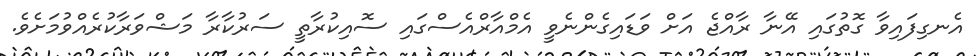
އެނގިފައިވާ ގޮތުގައި އޭނާ ރާއްޖެ އަށް ވަޑައިގެންނެވީ އެމްއާރްއެސްގައި ސޮއިކުރާތީ ސަރުކާރާ މަޝްވަރާކުރެއްވުމަށެވެ.